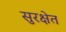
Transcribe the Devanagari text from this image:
सुरक्षेत